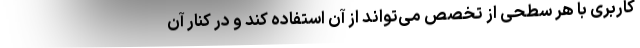
کاربری با هر سطحی از تخصص می‌تواند از آن استفاده کند و در کنار آن